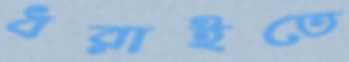
ধরাইতে